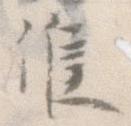
候